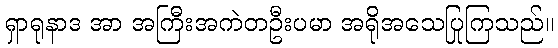
ရှာရုနာဒ အာ အကြီးအကဲတဦးပမာ အရိုအသေပြုကြသည်။